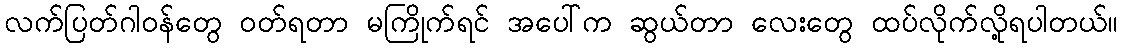
လက်ပြတ်ဂါဝန်တွေ ဝတ်ရတာ မကြိုက်ရင် အပေါ်က ဆွယ်တာ လေးတွေ ထပ်လိုက်လို့ရပါတယ်။